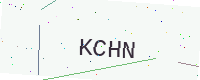
Text: KCHN